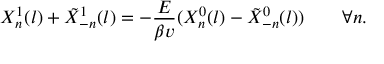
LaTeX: X _ { n } ^ { 1 } ( l ) + \tilde { X } _ { - n } ^ { 1 } ( l ) = - \frac { E } { \beta v } ( X _ { n } ^ { 0 } ( l ) - \tilde { X } _ { - n } ^ { 0 } ( l ) ) \quad \quad \forall n .